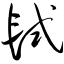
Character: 轼